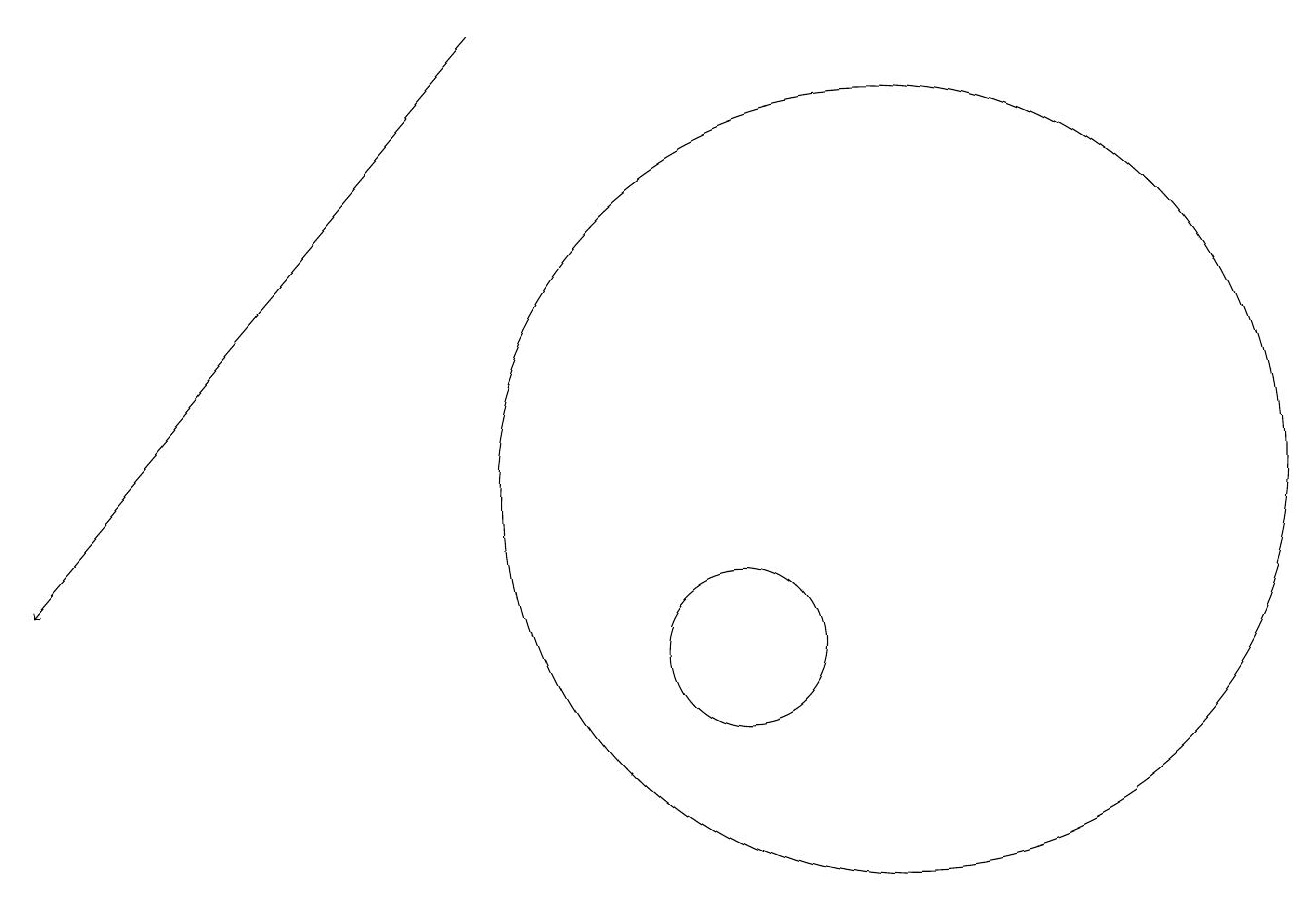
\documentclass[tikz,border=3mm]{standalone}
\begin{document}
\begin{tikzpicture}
\draw (10,10) circle (1);
\draw (12,12) circle (5);
\draw[->] (7,18) -- (1,11);
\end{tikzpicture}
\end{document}